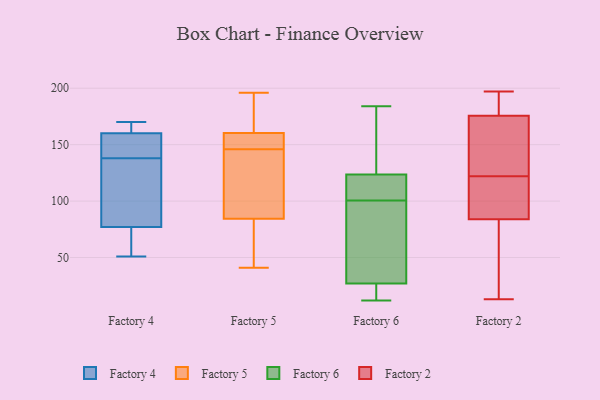
{"axis": {"x": "LTV (USD)", "y": "Value"}, "legend": ["Factory 2", "Factory 4", "Factory 5", "Factory 6"], "data": [{"x": "", "y": 74, "type": "Factory 4"}, {"x": "", "y": 163, "type": "Factory 4"}, {"x": "", "y": 138, "type": "Factory 4"}, {"x": "", "y": 151, "type": "Factory 4"}, {"x": "", "y": 142, "type": "Factory 4"}, {"x": "", "y": 83, "type": "Factory 4"}, {"x": "", "y": 167, "type": "Factory 4"}, {"x": "", "y": 51, "type": "Factory 4"}, {"x": "", "y": 75, "type": "Factory 4"}, {"x": "", "y": 127, "type": "Factory 4"}, {"x": "", "y": 170, "type": "Factory 4"}, {"x": "", "y": 158, "type": "Factory 5"}, {"x": "", "y": 88, "type": "Factory 5"}, {"x": "", "y": 106, "type": "Factory 5"}, {"x": "", "y": 137, "type": "Factory 5"}, {"x": "", "y": 196, "type": "Factory 5"}, {"x": "", "y": 57, "type": "Factory 5"}, {"x": "", "y": 146, "type": "Factory 5"}, {"x": "", "y": 171, "type": "Factory 5"}, {"x": "", "y": 126, "type": "Factory 5"}, {"x": "", "y": 61, "type": "Factory 5"}, {"x": "", "y": 163, "type": "Factory 5"}, {"x": "", "y": 41, "type": "Factory 5"}, {"x": "", "y": 161, "type": "Factory 5"}, {"x": "", "y": 83, "type": "Factory 5"}, {"x": "", "y": 149, "type": "Factory 5"}, {"x": "", "y": 54, "type": "Factory 5"}, {"x": "", "y": 151, "type": "Factory 5"}, {"x": "", "y": 151, "type": "Factory 5"}, {"x": "", "y": 186, "type": "Factory 5"}, {"x": "", "y": 62, "type": "Factory 6"}, {"x": "", "y": 92, "type": "Factory 6"}, {"x": "", "y": 33, "type": "Factory 6"}, {"x": "", "y": 85, "type": "Factory 6"}, {"x": "", "y": 112, "type": "Factory 6"}, {"x": "", "y": 21, "type": "Factory 6"}, {"x": "", "y": 12, "type": "Factory 6"}, {"x": "", "y": 116, "type": "Factory 6"}, {"x": "", "y": 126, "type": "Factory 6"}, {"x": "", "y": 170, "type": "Factory 6"}, {"x": "", "y": 14, "type": "Factory 6"}, {"x": "", "y": 21, "type": "Factory 6"}, {"x": "", "y": 18, "type": "Factory 6"}, {"x": "", "y": 121, "type": "Factory 6"}, {"x": "", "y": 110, "type": "Factory 6"}, {"x": "", "y": 77, "type": "Factory 6"}, {"x": "", "y": 184, "type": "Factory 6"}, {"x": "", "y": 109, "type": "Factory 6"}, {"x": "", "y": 146, "type": "Factory 6"}, {"x": "", "y": 135, "type": "Factory 6"}, {"x": "", "y": 134, "type": "Factory 2"}, {"x": "", "y": 53, "type": "Factory 2"}, {"x": "", "y": 126, "type": "Factory 2"}, {"x": "", "y": 161, "type": "Factory 2"}, {"x": "", "y": 13, "type": "Factory 2"}, {"x": "", "y": 197, "type": "Factory 2"}, {"x": "", "y": 194, "type": "Factory 2"}, {"x": "", "y": 190, "type": "Factory 2"}, {"x": "", "y": 78, "type": "Factory 2"}, {"x": "", "y": 90, "type": "Factory 2"}, {"x": "", "y": 118, "type": "Factory 2"}, {"x": "", "y": 91, "type": "Factory 2"}]}